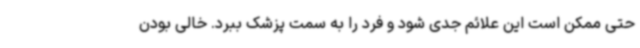
حتی ممکن است این علائم جدی شود و فرد را به سمت پزشک ببرد. خالی ‌بودن